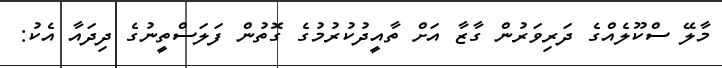
މާލޭ ސްކޫލެއްގެ ދަރިވަރުން ގާޒާ އަށް ތާއީދުކުރުމުގެ ގޮތުން ފަލަސްތީނުގެ ދިދައާ އެކު: